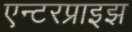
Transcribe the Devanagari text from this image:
एन्टरप्राइझ